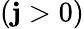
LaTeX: (\mathbf{j}>0)